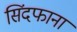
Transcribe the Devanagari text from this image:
सिंदफाना